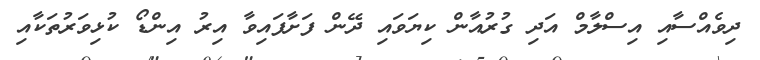
ދިވެއްސާއި އިސްލާމް އަދި ގުރުއާން ކިޔަވައި ދޭން ފަށާފައިވާ އިރު އިންޑޯ ކުޅިވަރުތަކާއި